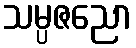
သမ္ပဇညော